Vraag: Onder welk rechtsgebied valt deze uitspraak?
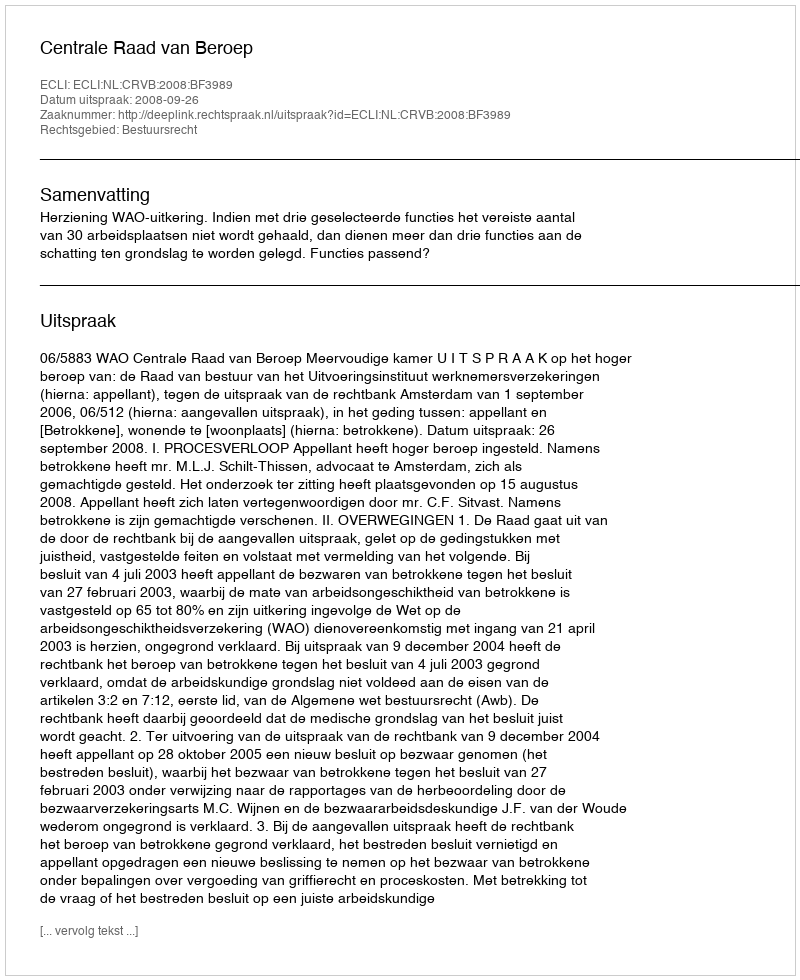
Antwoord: Bestuursrecht